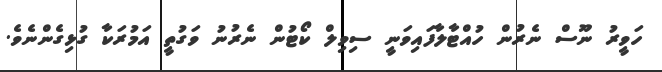
ހަވީރު ނޫސް ނެރުން ހުއްޓާލާފައިވަނީ ސިވިލް ކޯޓުން ނެރުނު ވަގުތީ އަމުރަކާ ގުޅިގެންނެވެ.